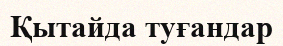
Қытайда туғандар